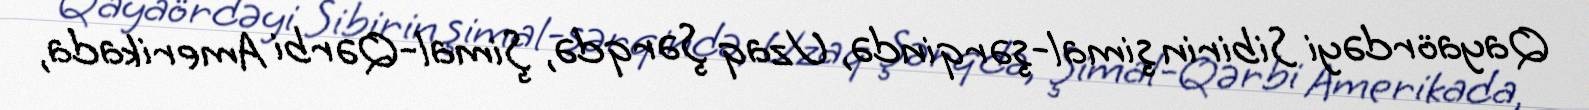
Qayaördəyi Sibirin şimal-şərqində, Uzaq Şərqdə, Şimal-Qərbi Amerikada,